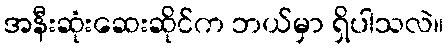
အနီးဆုံးဆေးဆိုင်က ဘယ်မှာ ရှိပါသလဲ။